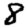
Digit: 8